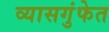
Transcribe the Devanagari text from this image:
व्यासगुंफेत